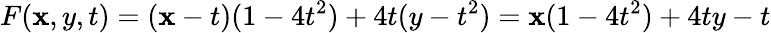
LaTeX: F(\mathbf{x},y,t)=(\mathbf{x}-t)(1-4t^{2})+4t(y-t^{2})=\mathbf{x}(1-4t^{2})+4ty-t